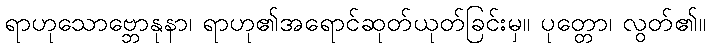
ရာဟုသောဗ္ဘောနုနာ၊ ရာဟု၏အရောင်ဆုတ်ယုတ်ခြင်းမှ။ ပုတ္တော၊ လွတ်၏။